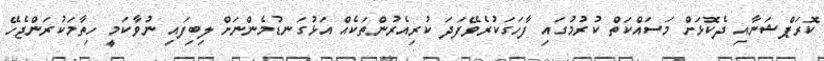
ކޮރަޕްޝަނާއި ދެކޮޅަށް މަސައްކަތް ކުރުމުގައި ފާހަގަކުރެވޭފަދަ ކުރިއެރުންތަކެއް އަޅުގަނޑުމެންނަށް ލިބިފައި ނުވާކަމީ ހިތާމަކުރަންޖެހޭ